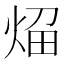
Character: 𰞬